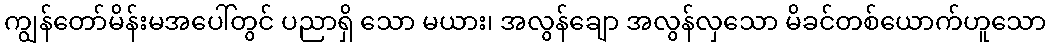
ကျွန်တော်မိန်းမအပေါ်တွင် ပညာရှိ သော မယား၊ အလွန်ချော အလွန်လှသော မိခင်တစ်ယောက်ဟူသော